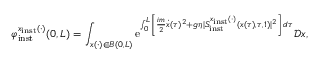
\varphi _ { \mathrm { i n s t } } ^ { x _ { \mathrm { i n s t } } ( \cdot ) } ( 0 , L ) = \int _ { x ( \cdot ) \in B ( 0 , L ) } \mathrm { e } ^ { \int _ { 0 } ^ { L } \left\lbrack \frac { i m } { 2 } \dot { x } ( \tau ) ^ { 2 } + g \eta \vert S _ { \mathrm { i n s t } } ^ { x _ { \mathrm { i n s t } } ( \cdot ) } ( x ( \tau ) , \tau , 1 ) \vert ^ { 2 } \right\rbrack \, d \tau } \mathscr { D } x ,